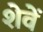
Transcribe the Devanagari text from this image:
शेवें